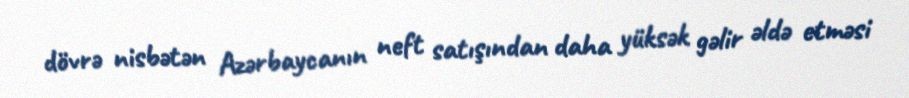
dövrə nisbətən Azərbaycanın neft satışından daha yüksək gəlir əldə etməsi